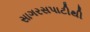
સાગરસપાટીથી